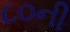
૮૦ની